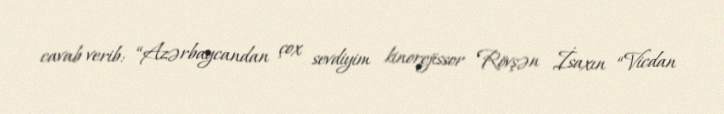
cavab verib: “Azərbaycandan çox sevdiyim kinorejissor Rövşən İsaxın “Vicdan